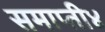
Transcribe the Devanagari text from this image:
समाप्ती४